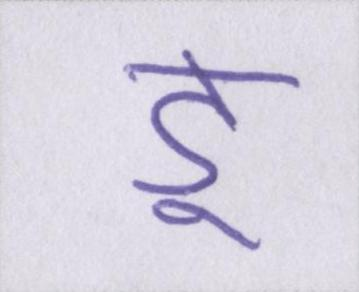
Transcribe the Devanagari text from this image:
डू